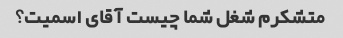
متشکرم شغل شما چیست آقای اسمیت؟